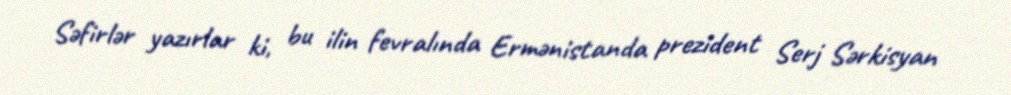
Səfirlər yazırlar ki, bu ilin fevralında Ermənistanda prezident Serj Sərkisyan